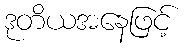
ဒုတိယအနေဖြင့်